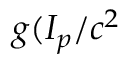
g ( I _ { p } / c ^ { 2 }